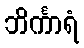
ဘိင်္ကာရံ